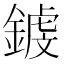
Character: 𨪝